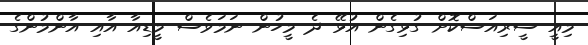
މިއީ ސީރިއަސްކޮށް ގުޅިގެން އުޅޭ ދެ މީހުން ނަމަވެސް މީޑިއާ އާއި އާންމުންގެ